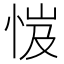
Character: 𢚼